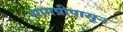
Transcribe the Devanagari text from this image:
सामग्रीपासून